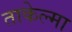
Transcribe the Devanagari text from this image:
ताकेल्मा